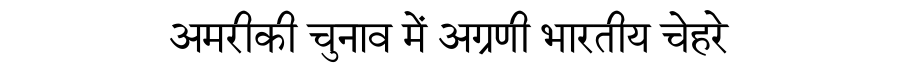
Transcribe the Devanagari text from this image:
अमरीकी चुनाव में अग्रणी भारतीय चेहरे